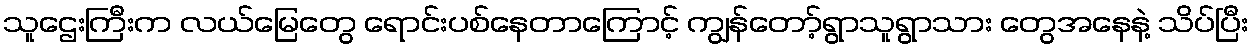
သူဌေးကြီးက လယ်မြေတွေ ရောင်းပစ်နေတာကြောင့် ကျွန်တော့်ရွာသူရွာသား တွေအနေနဲ့ သိပ်ပြီး